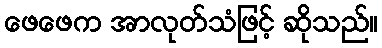
ဖေဖေက အာလုတ်သံဖြင့် ဆိုသည်။